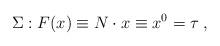
LaTeX: \begin{align*}\Sigma: F(x) \equiv N \cdot x \equiv x^0 = \tau \; ,\end{align*}